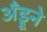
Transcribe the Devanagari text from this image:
अँड्रूने